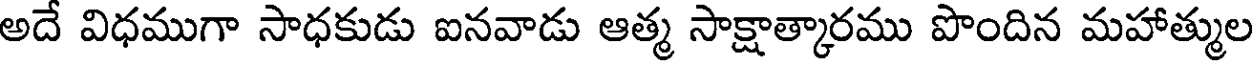
అదే విధముగా సాధకుడు ఐనవాడు ఆత్మ సాక్షాత్కారము పొందిన మహాత్ముల